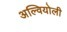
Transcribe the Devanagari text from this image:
अल्वियोली